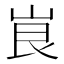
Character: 峎